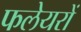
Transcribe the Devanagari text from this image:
फलेयरों